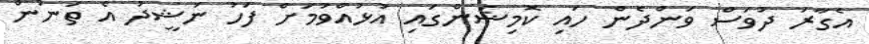
އެގާރަ ދުވަސް ވަންދެން ހައި ކޮމިޝަންގައި އުޅުއްވުމަށް ފަހު ނަޝީދު އެ ތަނުން